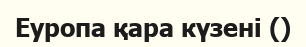
Еуропа қара күзені ()